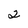
Character: 2